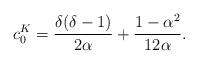
LaTeX: \begin{align*}\displaystyle c^K_0= \frac{\delta(\delta - 1)}{2\alpha} +\frac{1-\alpha^{2}}{12\alpha }.\end{align*}